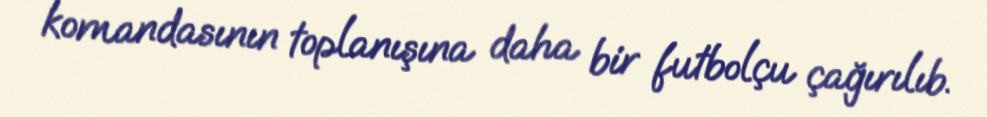
komandasının toplanışına daha bir futbolçu çağırılıb.